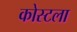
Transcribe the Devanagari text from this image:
कोस्टला